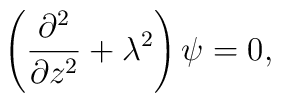
\left({\partial^2\over\partial z^2}+\lambda^2\right)\psi=0,